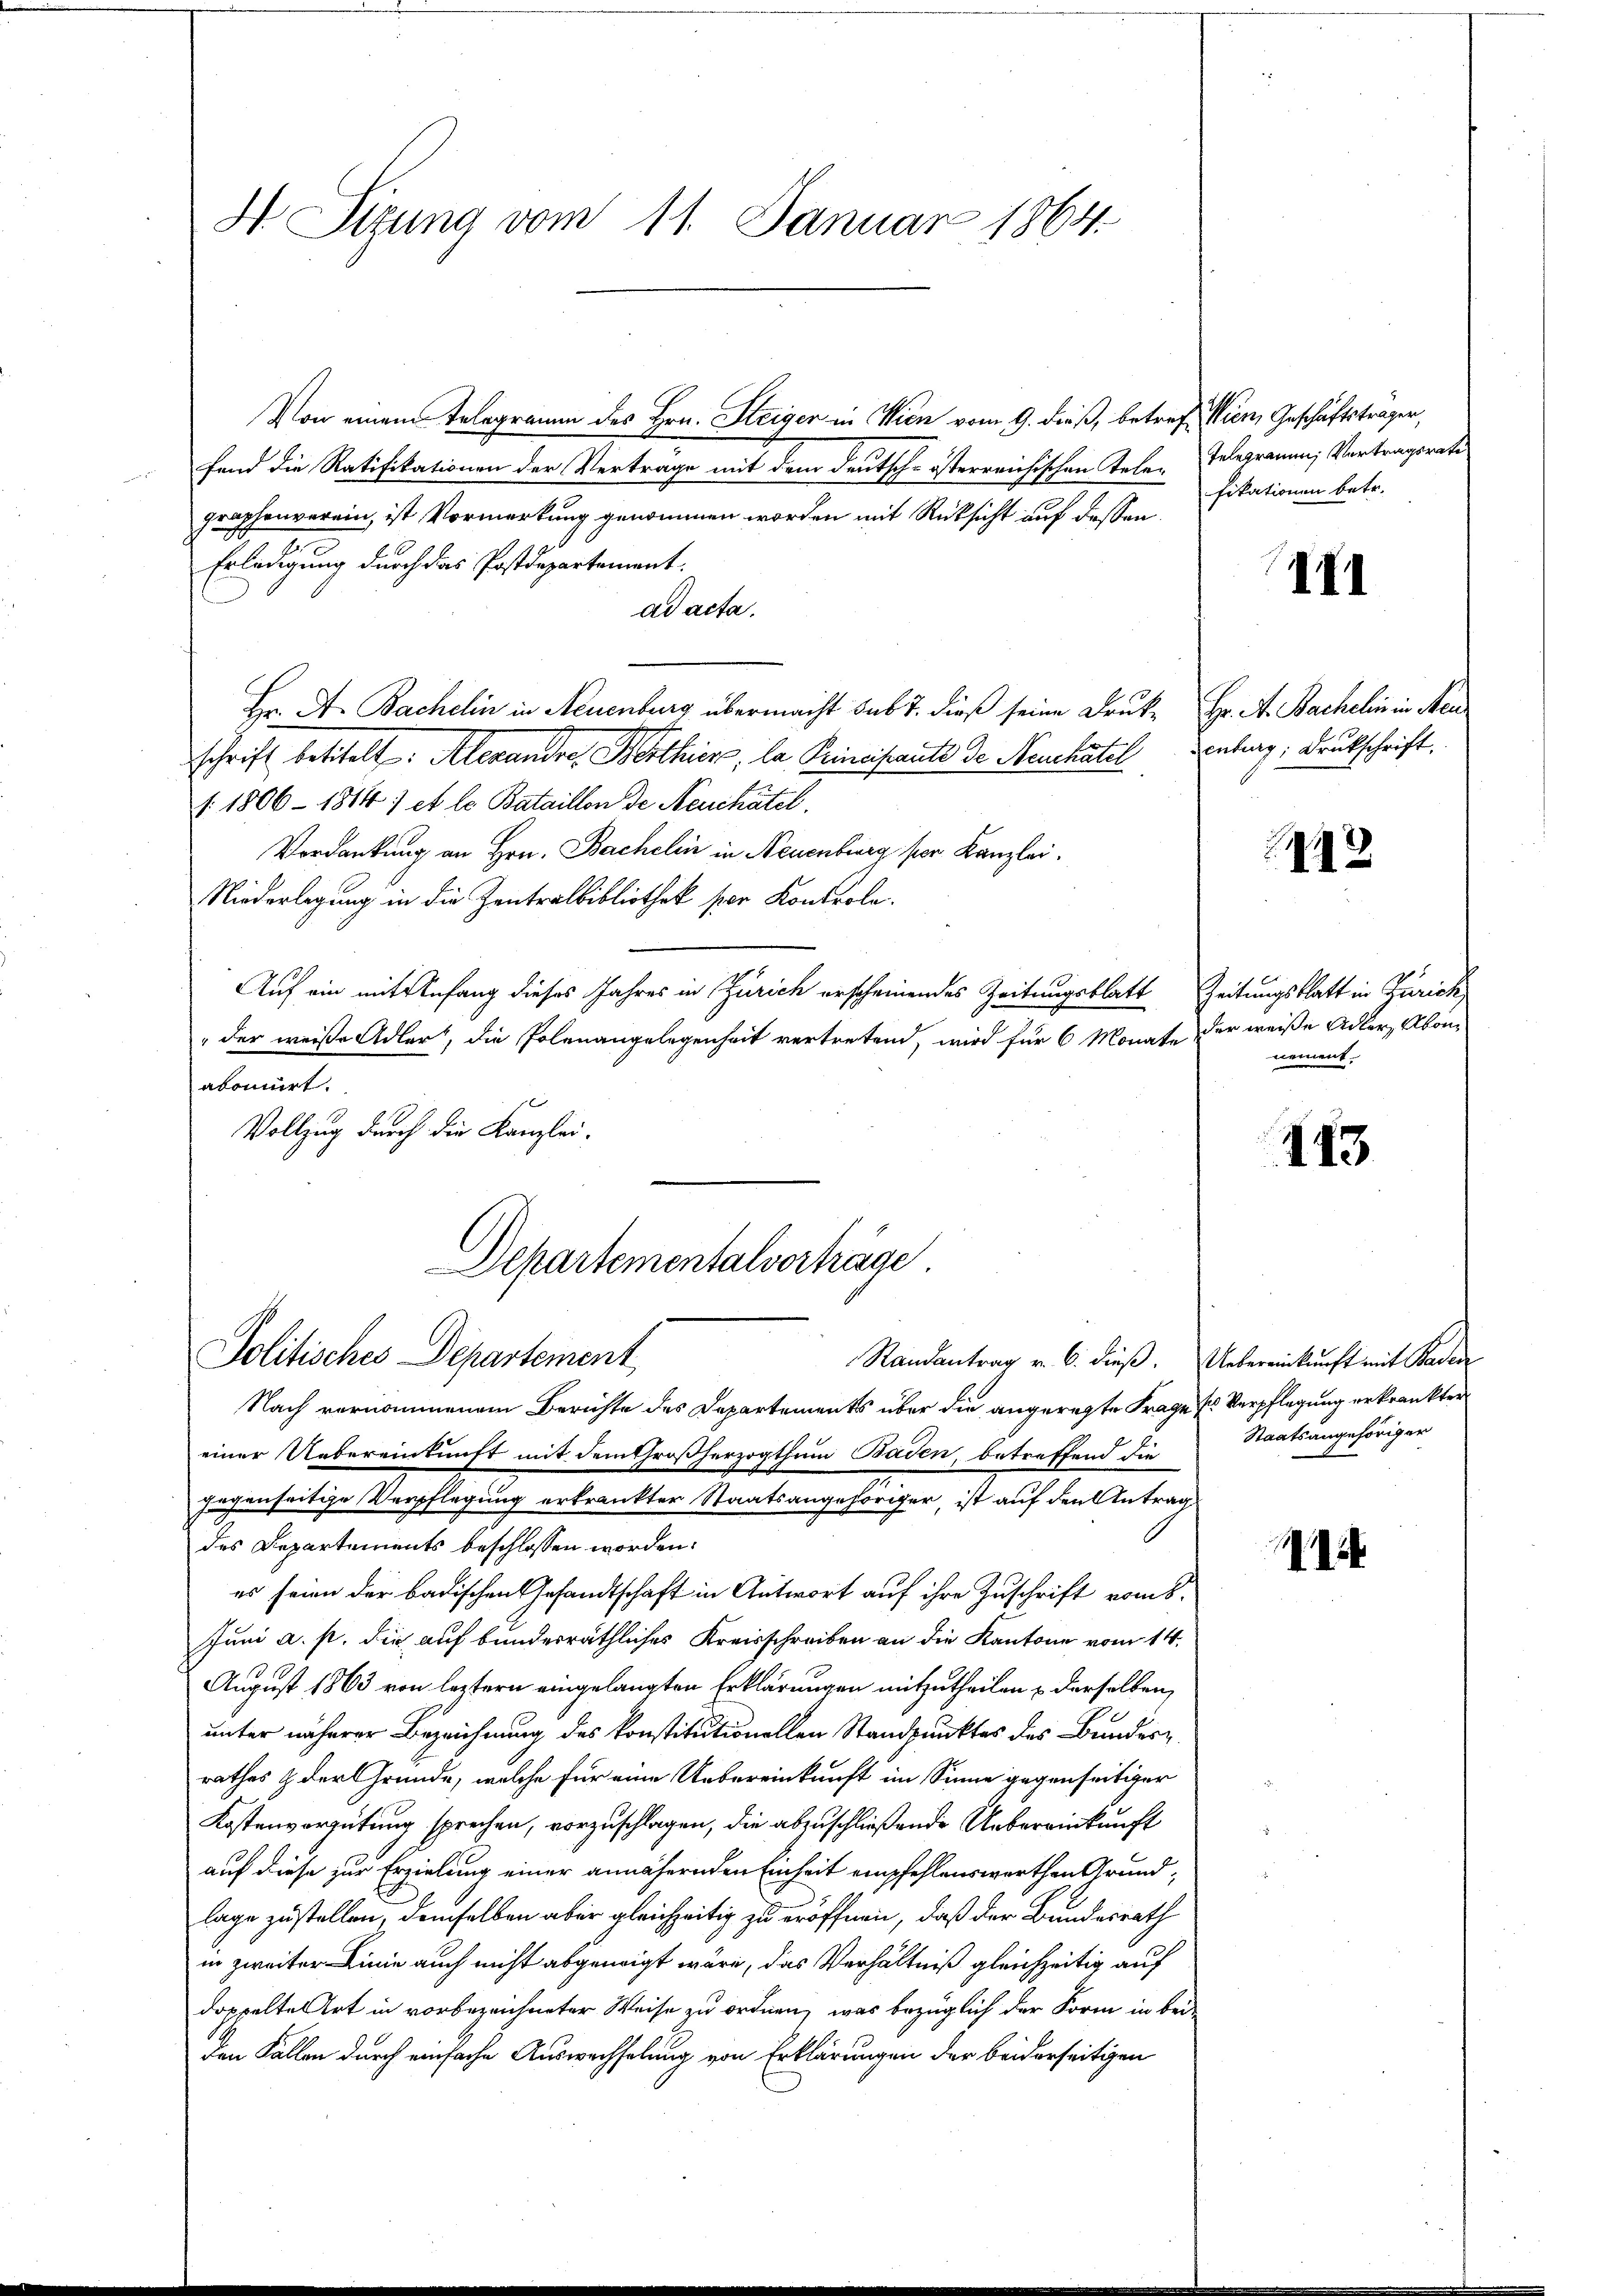
H Sizung vom 11. Januar 1864.

Von einem Telegramm des Hrn. Steiger in Wien vom 9. dieß, betreff den Geschäftsträger,
fend die Ratifikationen der Vertrage mit dem deutsch-österreichischen Tehen Telegrauen Vortragsrate
graphenverein, ist Vormerkung genommen worden mit Rücksicht auf dessen
I
Erledigung durch das Postdepartement
ad acta.
Hr. A. Bachelin in Neuenburg übermacht sub 7. dieß seine Druk- Hr. A. Bachelin in Men
schrift betitelt. Alexandre, Werthiere, la Principaute de Neuchatel
1. 1806 - 1814) et le Bataillon de Neuchâtel,
Verdankung an Hrn. Bacheli in Neuenburg, ser Kanzlei.
Niederlegung in die Zentralbibliothek per Kontrole.
Auf ein mit Anfang dieses Jahres in Zürich erscheinendes Zeitungsblatt
"der weise Adler, die Polenangelegenheit vertretend, wird für 6 Monate
akonirt.
Vollzug durch die Kanzlei-

Departementalverträge
Politisches Departement

Nach vernommenem Berichte des Departements über die angeregte Frage ses Verpflegung erkrankter
einer Uebereinkunft mit dem Großherzogthum Baden, betreffend die
Jugenseitige Verpflegung erkrankter Staatsangehöriger, ist auf den Antrag
des Departements beschlossen worden.
es seien der badischen Gesandtschaft in Antwort auf ihre Zuschrift vom 8.
Juni a. p. die auf bunderräthliches Kreisschreiben an die Kantone vom 14.
August 1863 von leztern eingelangten Erklärungen mitzutheilen & derselben,
unter näherer Bezeichnung des konstitutionellen Standpunktes des Bunder
rathes & der Gründe, welche für eine Uebereinkunft im Sinne gegenseitiger
Kostenvergütung sprechen, vorzuschlagen, die abzuschließende Uebereinkunft
auf diese zur Erzielung einer annähernden Einheit empfehlenswerthen Grund-
lage zustellen, demselben aber gleichzeitig zu eröffnen, daß der Bundesrath
in zweiter Linie auch nicht abgewigt wäre, das Verhältniß gleichzeitig auf
doppelten Art in vorbezeichneter Weise zu ordnen, was bezüglich der Form in beiden Fallen durch einfache Auswechselung von Erklärungen der beiderseitigen

Randantrag v. 6. dieß. Uebereinkunft mit Baden

fikationen betr.

III

enburg, Druckschrift.

2

Zeitungsblatt in Zürich
der weise Adler, Abonnement.

113

Staatsangehöriger

9